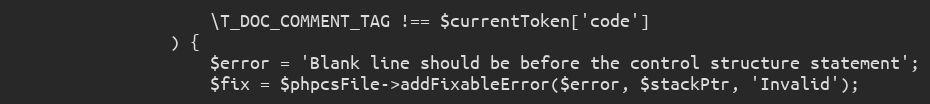
Language: PHP
                    \T_DOC_COMMENT_TAG !== $currentToken['code']
                ) {
                    $error = 'Blank line should be before the control structure statement';
                    $fix = $phpcsFile->addFixableError($error, $stackPtr, 'Invalid');